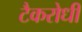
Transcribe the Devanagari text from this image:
टैकरोधी